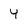
Character: Y